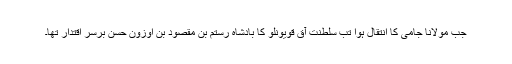
جب مولانا جامی کا اِنتقال ہوا تب سلطنت آق قویونلو کا بادشاہ رستم بن مقصود بن اوزون حسن برسر اِقتدار تھا۔